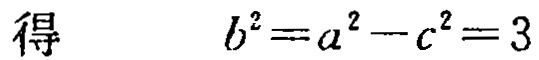
得 $\quad b^{2}=a^{2}-c^{2}=3$